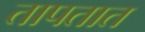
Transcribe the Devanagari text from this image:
तापतात